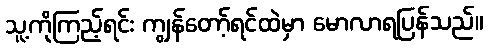
သူ့ကိုကြည့်ရင်း ကျွန်တော့်ရင်ထဲမှာ မောလာရပြန်သည်။